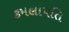
કમલાપતિ